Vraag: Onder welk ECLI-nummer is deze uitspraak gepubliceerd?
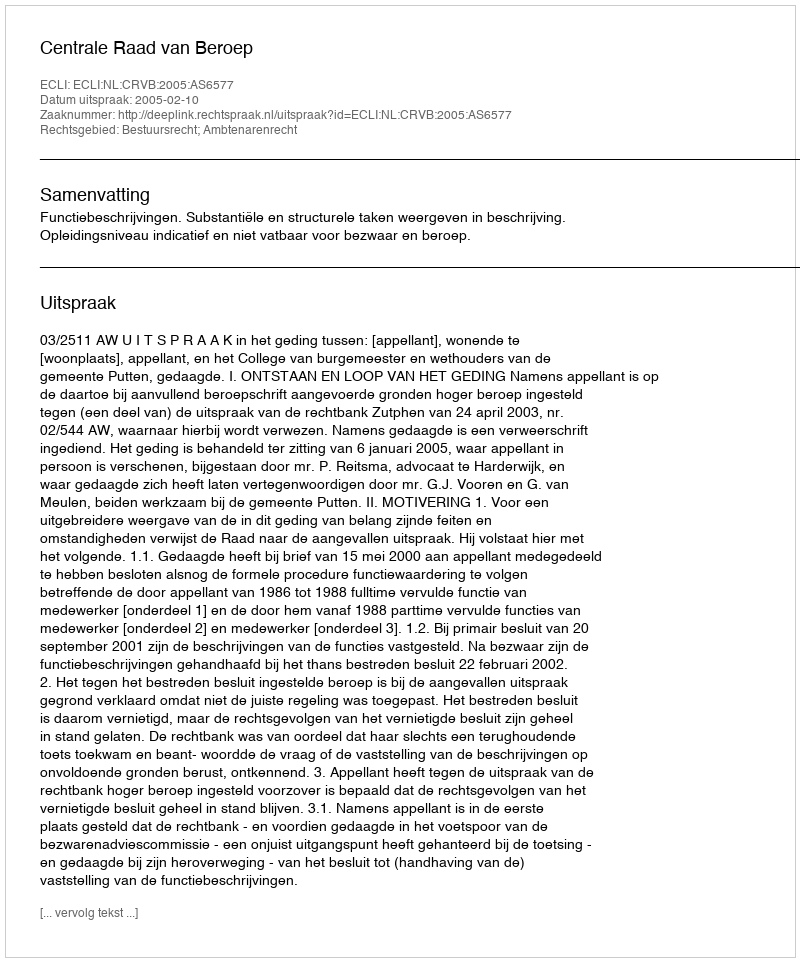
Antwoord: ECLI:NL:CRVB:2005:AS6577